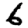
Digit: 6